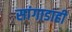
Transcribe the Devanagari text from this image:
सांगाडाही